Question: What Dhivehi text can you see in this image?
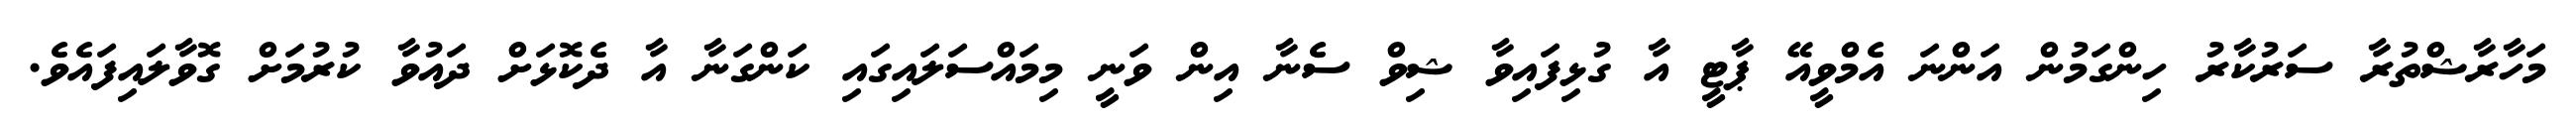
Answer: މަހާރާޝްތުރާ ސަރުކާރު ހިންގަމުން އަންނަ އެމްވީއޭ ޕާޓީ އާ ގުޅިފައިވާ ޝިވް ސެނާ އިން ވަނީ މިމައްސަލައިގައި ކަންގަނާ އާ ދެކޮޅަށް ދައުވާ ކުރުމަށް ގޮވާލައިފައެވެ.